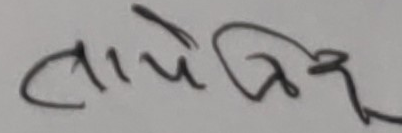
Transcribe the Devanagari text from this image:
ताये जिष्ट